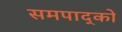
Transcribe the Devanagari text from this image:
समपाद्को